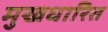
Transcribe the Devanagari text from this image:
मुखधारित